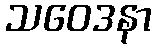
သဝေဒနာ